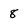
Character: 8